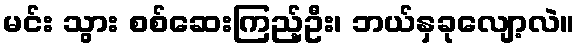
မင်း သွား စစ်ဆေးကြည့်ဦး၊ ဘယ်နှခုလျော့လဲ။